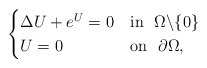
\begin{align*}\begin{cases}\Delta U+e^U=0 & \textrm{in}\ \ \Omega\backslash\{0\}\\U=0 & \textrm{on}\ \ \partial\Omega,\end{cases}\end{align*}